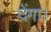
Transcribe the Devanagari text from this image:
देंगा।